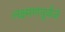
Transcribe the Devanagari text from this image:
लक्ष्मणपूर्वजं